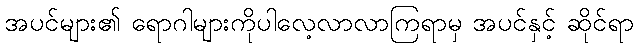
အပင်များ၏ ရောဂါများကိုပါလေ့လာလာကြရာမှ အပင်နှင့် ဆိုင်ရာ